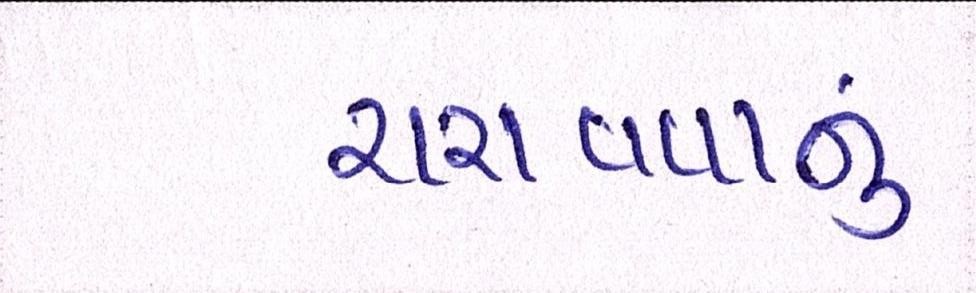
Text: ચરાવવાનુ